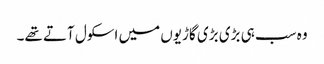
وہ سب ہی بڑی بڑی گاڑیوں میں اسکول آتے تھے۔